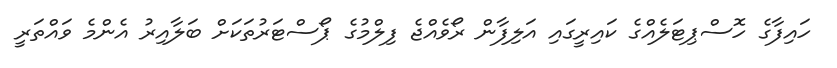
ހައިފާގެ ހޮސްޕިޓަލެއްގެ ކައިރީގައި އަލިފާން ރޯވެއްޖެ ފިލްމުގެ ޕޯސްޓަރުތަކަށް ބަލާއިރު އެންމެ ވައްތަރީ